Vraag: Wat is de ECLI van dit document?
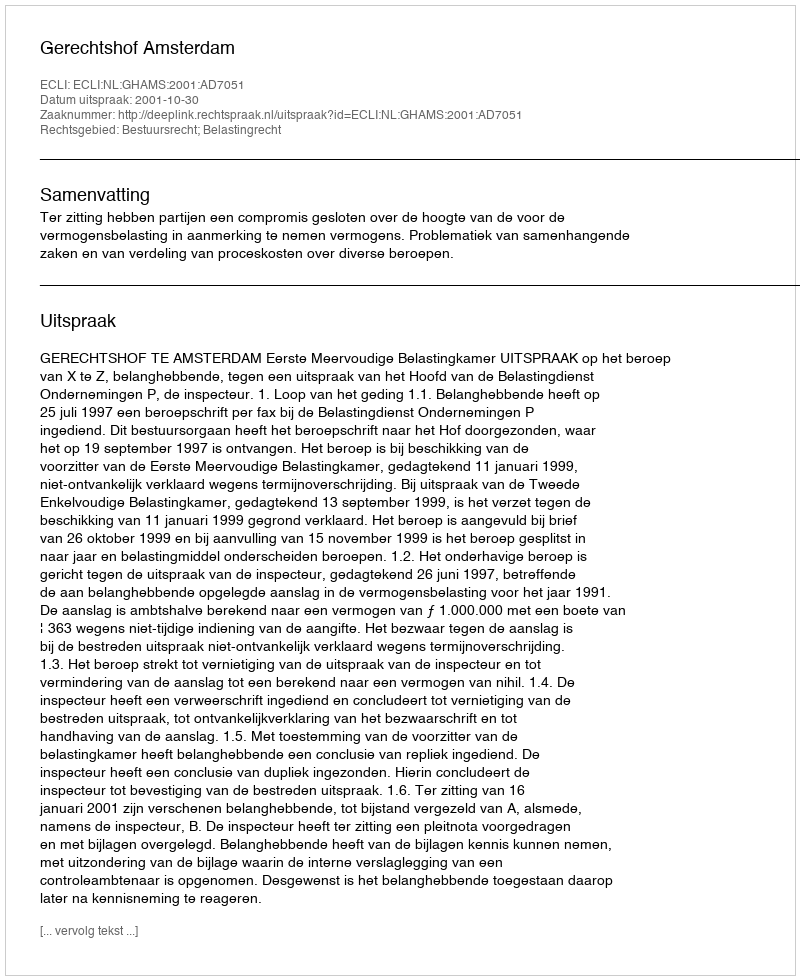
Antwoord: ECLI:NL:GHAMS:2001:AD7051